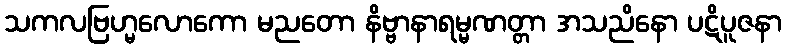
သကလဗြဟ္မလောကော မညတော နိဗ္ဗာနာရမ္မဏတ္တာ အသညိနော ပဋိပူဇနာ